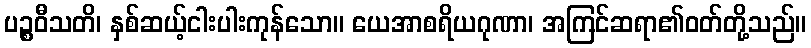
ပဉ္စဝီသတိ၊ နှစ်ဆယ့်ငါးပါးကုန်သော။ ယေအာစရိယဂုဏာ၊ အကြင်ဆရာ၏ဝတ်တို့သည်။